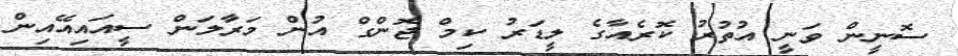
ސޮނީން ވަނީ އުތުރު ކޮރެއާގެ ލީޑަރު ކިމް ޖޮންގް އުން މަރާލަން ސީއައިއޭއިން